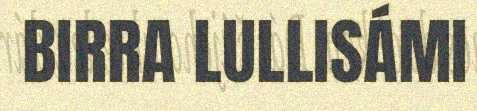
BIRRA LULLISÁMI